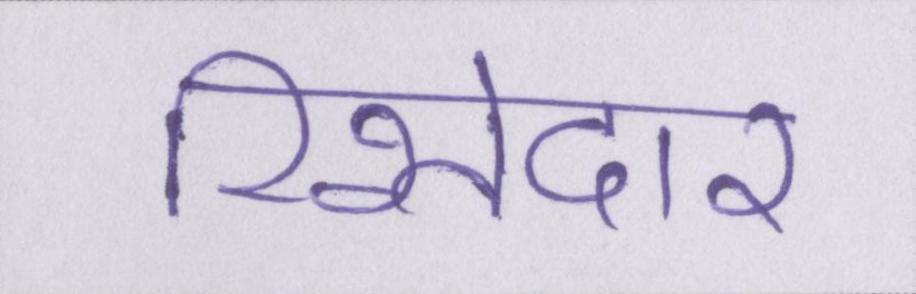
रिश्तेदार